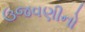
ઉજવણીનો